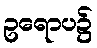
ဥရောပ၌